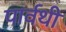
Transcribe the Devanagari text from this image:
पार्वथी